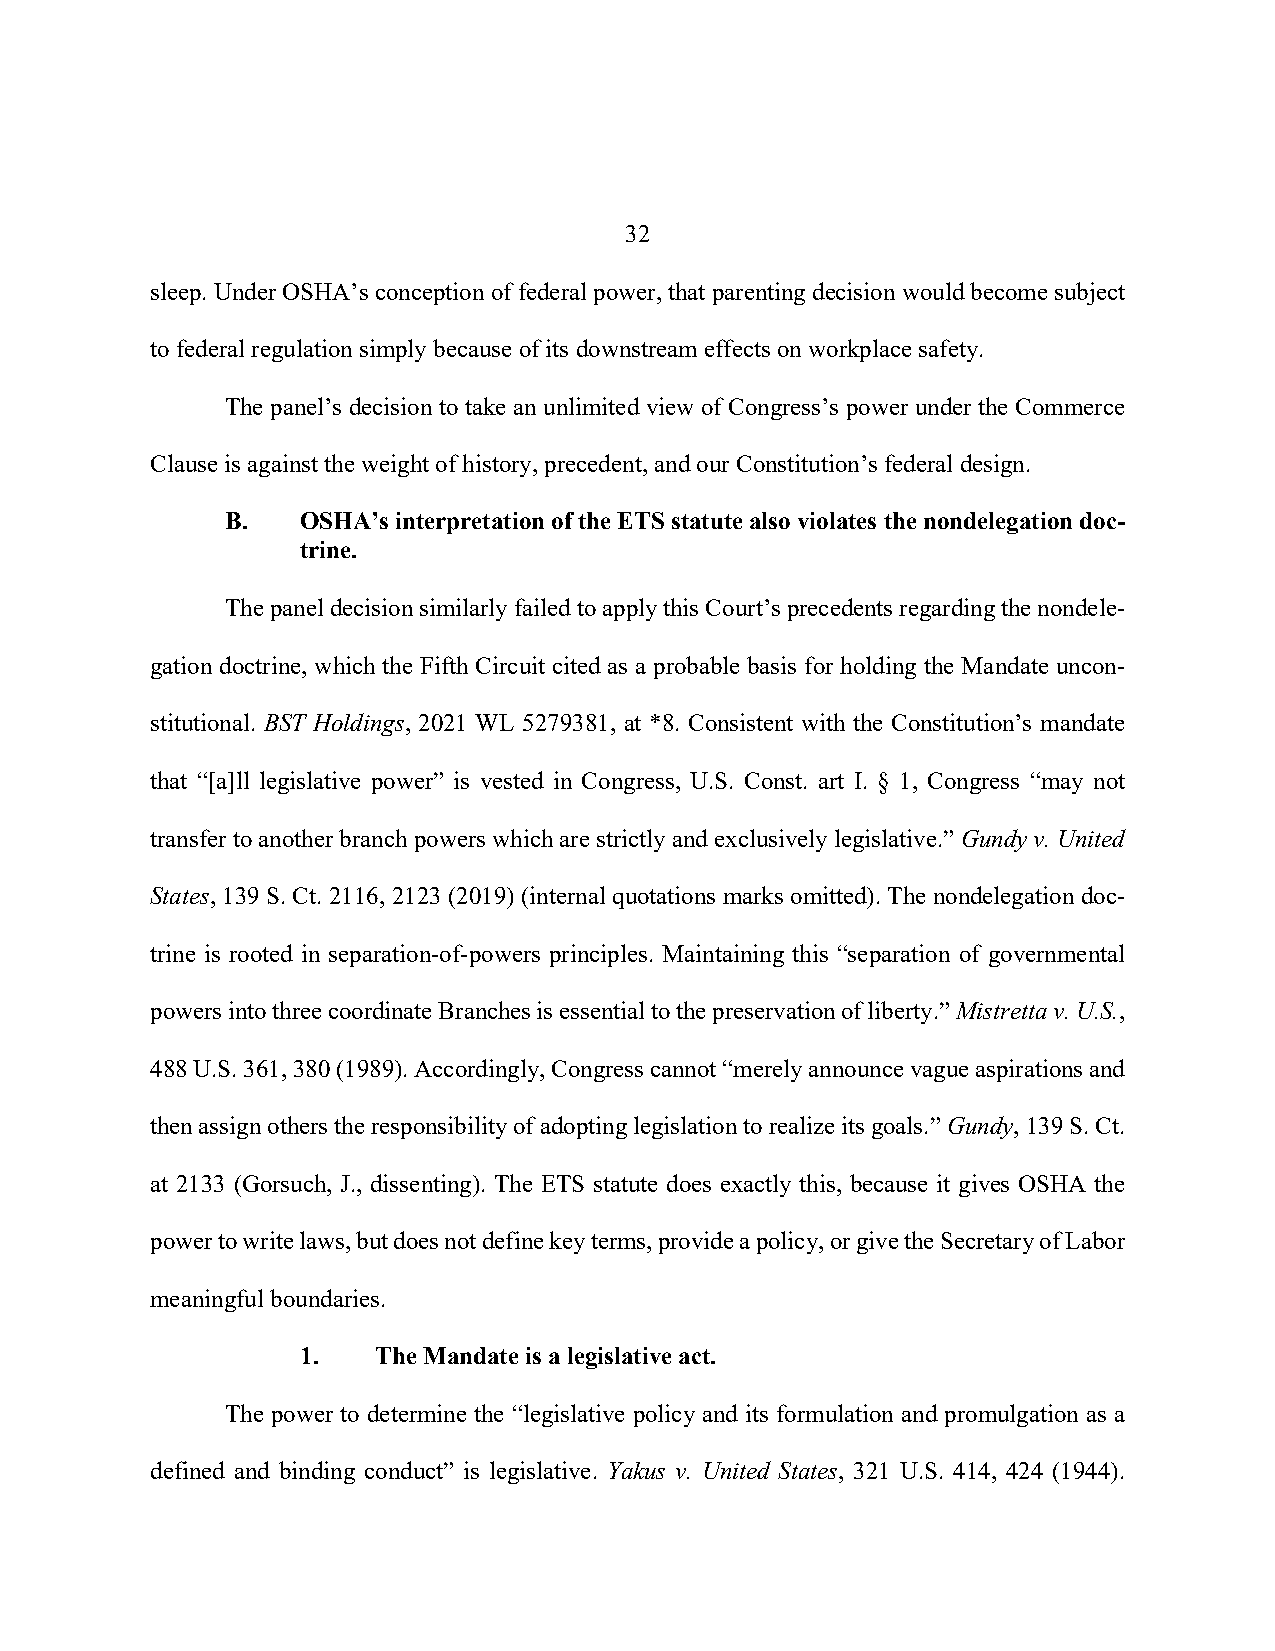
32
 sleep. Under OSHA’s conception of federal power, that parenting decision would become subject
 to federal regulation simply because of its downstream effects on workplace safety.
 The panel’s decision to take an unlimited view of Congress’s power under the Commerce
 Clause is against the weight of history, precedent, and our Constitution’s federal design.
 B.   OSHA’s interpretation of the ETS statute also violates the nondelegation doc-
 trine.
 The panel decision similarly failed to apply this Court’s precedents regarding the nondele-
 gation doctrine, which the Fifth Circuit cited as a probable basis for holding the Mandate uncon-
 stitutional. BST Holdings, 2021 WL 5279381, at *8. Consistent with the Constitution’s mandate
 that “[a]ll legislative power” is vested in Congress, U.S. Const. art I. § 1, Congress “may not
 transfer to another branch powers which are strictly and exclusively legislative.” Gundy v. United
 States, 139 S. Ct. 2116, 2123 (2019) (internal quotations marks omitted). The nondelegation doc-
 trine is rooted in separation-of-powers principles. Maintaining this “separation of governmental
 powers into three coordinate Branches is essential to the preservation of liberty.” Mistretta v. U.S.,
 488 U.S. 361, 380 (1989). Accordingly, Congress cannot “merely announce vague aspirations and
 then assign others the responsibility of adopting legislation to realize its goals.” Gundy, 139 S. Ct.
 at 2133 (Gorsuch, J., dissenting). The ETS statute does exactly this, because it gives OSHA the
 power to write laws, but does not define key terms, provide a policy, or give the Secretary of Labor
 meaningful boundaries.
 1.   The Mandate is a legislative act.
 The power to determine the “legislative policy and its formulation and promulgation as a
 defined and binding conduct” is legislative. Yakus v. United States, 321 U.S. 414, 424 (1944).